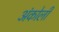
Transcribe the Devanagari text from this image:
अंकोली